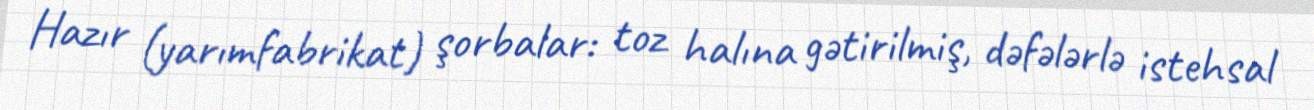
Hazır (yarımfabrikat) şorbalar: toz halına gətirilmiş, dəfələrlə istehsal